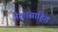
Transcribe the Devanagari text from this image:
नैकांसाहित